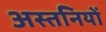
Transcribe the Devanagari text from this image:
अस्तनियों